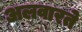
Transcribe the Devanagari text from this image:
अलवारते